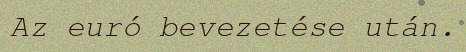
Az euró bevezetése után.